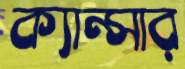
ক্যান্সার